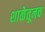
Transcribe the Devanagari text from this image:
शाळेतूनच